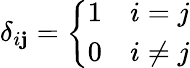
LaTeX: \delta_{i\mathbf{j}}={\left\{ \begin{array}{ll}{1}&{i=j}\\ {0}&{i\not=j}\end{array}\right.}